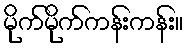
မိုက်မိုက်ကန်းကန်း။